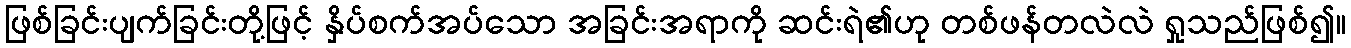
ဖြစ်ခြင်းပျက်ခြင်းတို့ဖြင့် နှိပ်စက်အပ်သော အခြင်းအရာကို ဆင်းရဲ၏ဟု တစ်ဖန်တလဲလဲ ရှုသည်ဖြစ်၍။